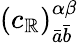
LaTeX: (c_{\mathbb{R}})_{{\bar{{a}}}{\bar{{b}}}}^{\alpha\beta}